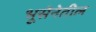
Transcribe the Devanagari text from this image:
भूसेनेतील